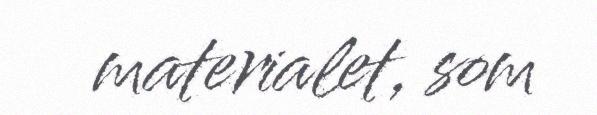
materialet, som